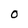
Character: O